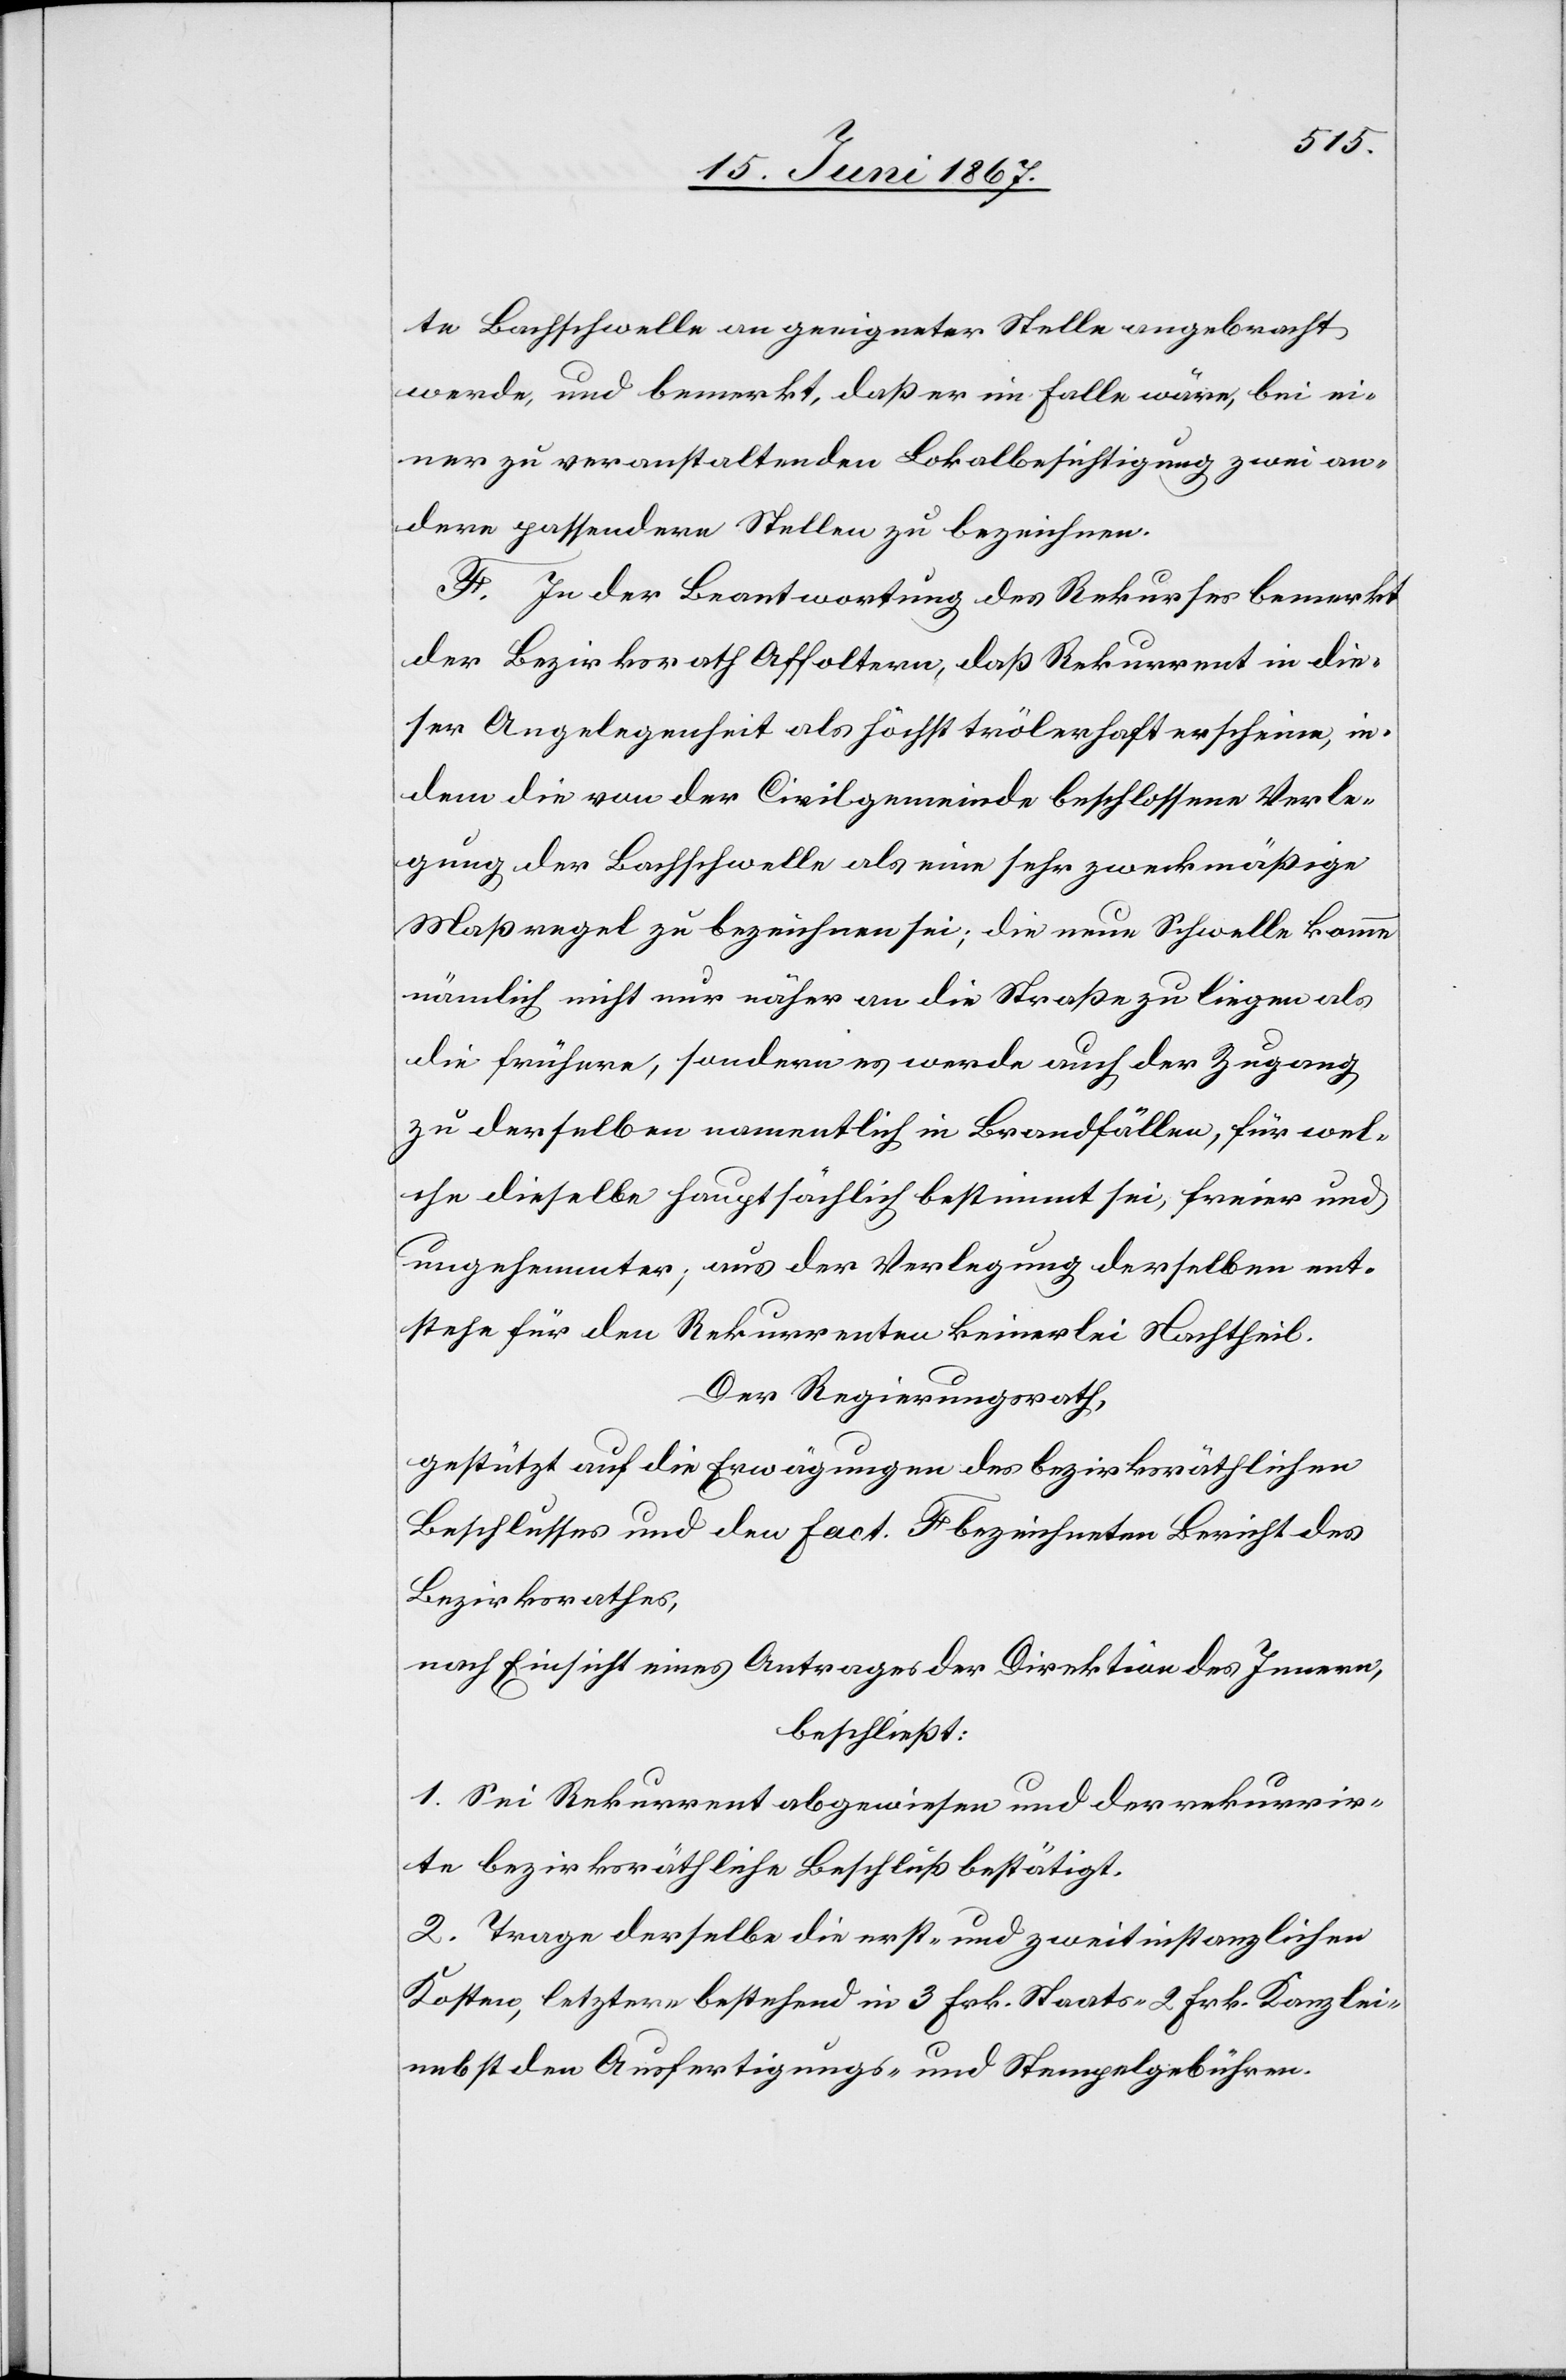
te Bachschwelle an geeigneter Stelle angebracht
werde, und bemerkt, daß er im Falle wäre, bei ei¬
ner zu veranstaltenden Lokalbesichtigung zwei an¬
dere passendere Stellen zu bezeichnen.
F. In der Beantwortung des Rekurses bemerkt
der Bezirksrath Affoltern, daß Rekurrent in die¬
ser Angelegenheit als höchst trölerhaft erscheine, in¬
dem die von der Civilgemeinde beschlossene Verle¬
gung der Bachschwelle als eine sehr zweckmäßige
Maßregel zu bezeichnen sei: die neue Schwelle komme
nämlich nicht nur näher an die Straße zu liegen als
die frühere, sondern es werde auch der Zugang
zu derselben namentlich in Brandfällen, für wel¬
che dieselbe hauptsächlich bestimmt sei, freier und
ungehemmter; aus der Verlegung derselben ent¬
stehe für den Rekurrenten keinerlei Nachtheil.
Der Regierungsrath,
gestützt auf die Erwägungen des bezirksräthlichen
Beschlusses und den Fact. F bezeichneten Bericht des
Bezirksrathes,
nach Einsicht eines Antrages der Direktion des Innern,
beschließt:
1. Sei Rekurrent abgewiesen und der rekurrir¬
te bezirksräthliche Beschluß bestätigt.
2. Trage derselbe die erst- und zweitinstanzlichen
Kosten, letztere bestehend in 3 Frk. Staats-[,] 2 Frk. Kanzlei-
nebst den Ausfertigungs- und Stempelgebühren.